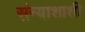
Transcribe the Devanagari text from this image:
संन्याशाशी